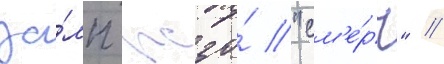
за́лп рсзо́ "см'е́рч" //